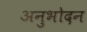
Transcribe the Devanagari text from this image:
अनुभोदन